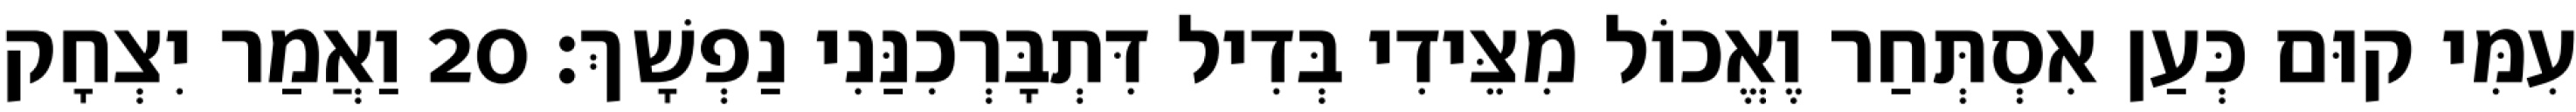
עִמִּי קוּם כְּעַן אִסְתְּחַר וֶאֱכוֹל מִצֵּידִי בְּדִיל דִּתְבָּרְכִנַּנִי נַפְשָׁךְ׃ 20 וַאֲמַר יִצְחָק